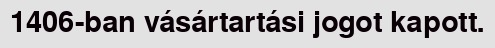
1406-ban vásártartási jogot kapott.